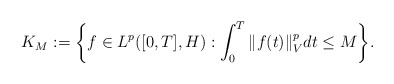
\begin{align*}K_M := \bigg\{ f\in L^p([0,T],H) : \int_0^T \Vert f(t) \Vert_V^p dt \leq M \bigg\}.\end{align*}